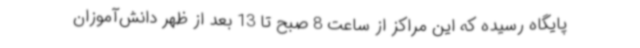
پایگاه رسیده که این مراکز از ساعت 8 صبح تا 13 بعد از ظهر دانش‌آموزان